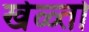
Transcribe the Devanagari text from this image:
खेळ्तो